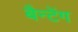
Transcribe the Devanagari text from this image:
बैन्टेंग